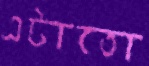
এটাতো